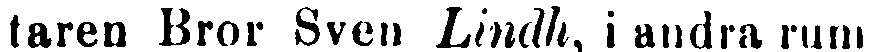
taren Bror Sven Lindh, i andra rum-